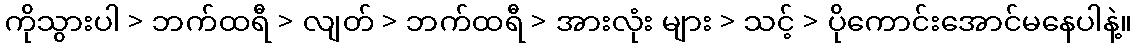
ကိုသွားပါ > ဘက်ထရီ > လျတ် > ဘက်ထရီ > အားလုံး များ > သင့် > ပိုကောင်းအောင်မနေပါနဲ့။